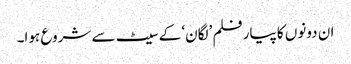
ان دونوں کا پیارفلم ’لگان‘ کے سیٹ سے شروع ہوا۔